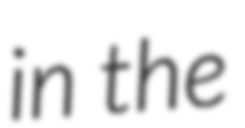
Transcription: in the